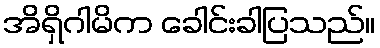
အိရှိဂါမိက ခေါင်းခါပြသည်။